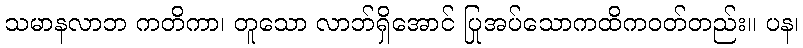
သမာနလာဘ ကတိကာ၊ တူသော လာဘ်ရှိအောင် ပြုအပ်သောကထိကဝတ်တည်း။ ပန၊